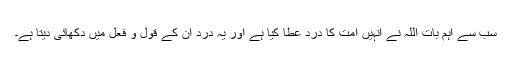
سب سے اہم بات اللہ نے انہیں امت کا درد عطا کیا ہے اور یہ درد ان کے قول و فعل میں دکھائی دیتا ہے۔